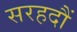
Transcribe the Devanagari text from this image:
सरहदौं